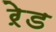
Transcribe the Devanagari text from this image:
ऱेड